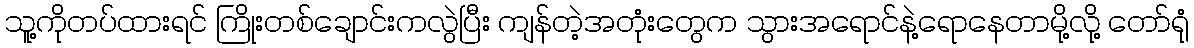
သူ့ကိုတပ်ထားရင် ကြိုးတစ်ချောင်းကလွဲပြီး ကျန်တဲ့အတုံးတွေက သွားအရောင်နဲ့ရောနေတာမို့လို့ တော်ရုံ